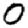
Digit: 0